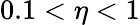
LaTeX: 0.1<\eta<1